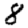
Digit: 8